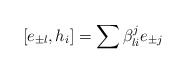
\begin{align*}[e_{\pm l},h_{i}]=\sum \beta_{li}^{j}e_{\pm j}\end{align*}